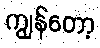
ကျွန်တော့